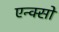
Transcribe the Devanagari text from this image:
एन्क्सो